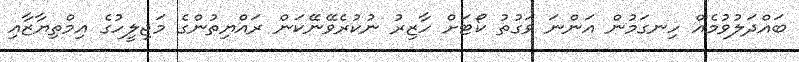
ބައްދަލުވުމެއް ހިނގަމުން އަންނަ ވަގުތު ކޯޓަށް ހާޒިރު ނުކުރެވޭނޭކަން ރައްޔިތުންގެ މަޖިލީހުގެ އިމްތިޔާޒާއި